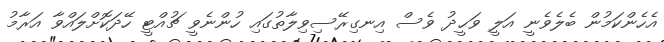
އެހެންކަމުން ބެލެވެނީ އަލީ ވަޙީދު ވެސް އިނގިރޭސިވިލާތުގައި ހުންނެވީ ޗުއްޓީ ހޭދަކޮށްލައްވާ އަރާމު